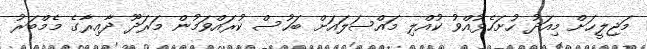
މަޖިލީހަށް މިއަދު ހުށަހެޅުއްވު ކުއްލި މައްސަލައަށް ބަހުސް ކުރައްވަމުން މަރަދޫ ދާއިރާގެ މެމްބަރު